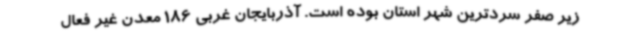
زیر صفر سردترین شهر استان بوده است. آذربایجان غربی 186 معدن غیر فعال